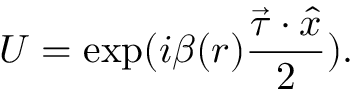
U = \exp ( i \beta ( r ) \frac { \vec { \tau } \cdot \hat { x } } { 2 } ) .